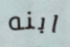
ابنه